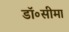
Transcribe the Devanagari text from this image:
डॉ॰सीमा